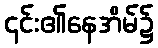
၎င်း၏နေအိမ်၌